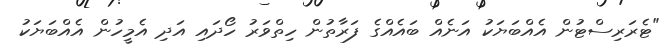
"ޓެރަރިސްޓުން އެއްބަޔަކު އަނެއް ބައެއްގެ ފަރާތުން ހިތްވަރު ހޯދައި އަދި އެމީހުން އެއްބަޔަކު